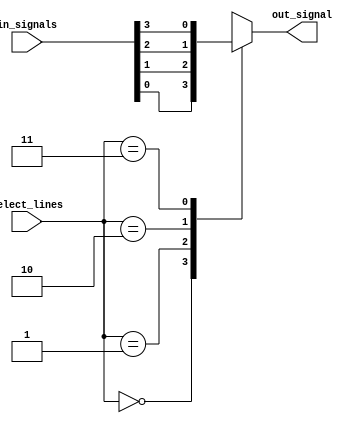
module mux_4to1(
    input [3:0] in_signals,
    input [1:0] select_lines,
    output reg out_signal
);

always @(*)
begin
    case(select_lines)
        2'b00: out_signal = in_signals[0];
        2'b01: out_signal = in_signals[1];
        2'b10: out_signal = in_signals[2];
        2'b11: out_signal = in_signals[3];
    endcase
end

endmodule